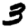
Digit: 3